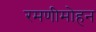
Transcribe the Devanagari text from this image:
रमणीमोहन